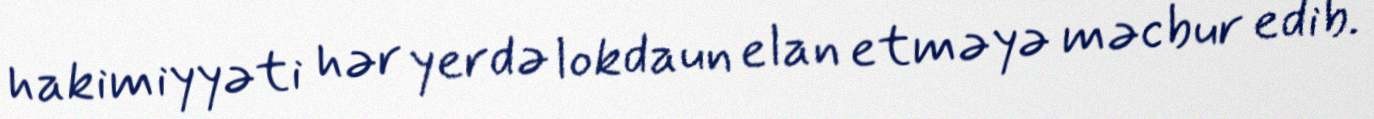
hakimiyyəti hər yerdə lokdaun elan etməyə məcbur edib.